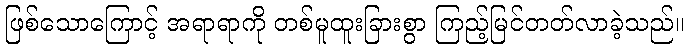
ဖြစ်သောကြောင့် အရာရာကို တစ်မူထူးခြားစွာ ကြည့်မြင်တတ်လာခဲ့သည်။